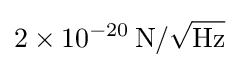
2\times 10^{-20}\,{\rm {N/{\sqrt {Hz}}}}